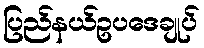
ပြည်နယ်ဥပဒေချုပ်